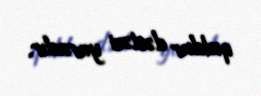
quldur dəstəsi yaradır.